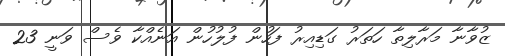
ޒުވާނާ މަރާލިތާ ހަތަރު ގަޑިއިރު ފަހުން ފުލުހުން އަނެއްކާ ވެސް ވަނީ 23